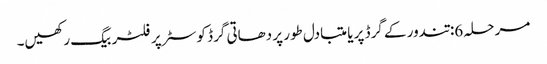
مرحلہ 6: تندور کے گرڈ پر یا متبادل طور پر دھاتی گرڈ کوسٹر پر فلٹر بیگ رکھیں۔